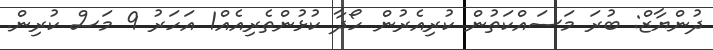
ދުންޔާޒް: ބުރަ މަސައްކަތުން ކުރިއެރުން ހޯދާ ކުޅުންތެރިއެއް1 އަހަރު 9 މަސް ކުރިން.